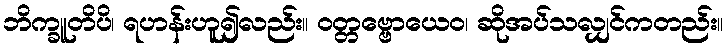
ဘိက္ခူတိပိ၊ ရဟန်းဟူ၍လည်း။ ဝတ္တဗ္ဗောယေဝ၊ ဆိုအပ်သလျှင်ကတည်း။